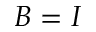
B = I